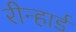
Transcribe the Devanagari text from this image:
रीन्हार्ड